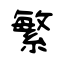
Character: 繁